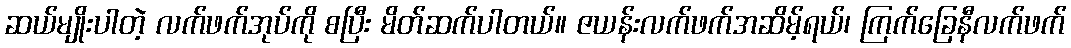
ဆယ်မျိုးပါတဲ့ လက်ဖက်အုပ်ကို စပြီး မိတ်ဆက်ပါတယ်။ ဇယန်းလက်ဖက်အဆိမ့်ရယ်၊ ကြက်ခြေနီလက်ဖက်